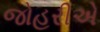
જોહરીએ